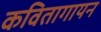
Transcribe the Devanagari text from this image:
कवितागायन